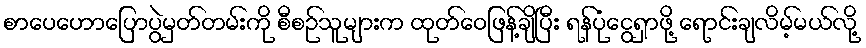
စာပေဟောပြောပွဲမှတ်တမ်းကို စီစဉ်သူများက ထုတ်ဝေဖြန့်ချိပြီး ရန်ပုံငွေရှာဖို့ ရောင်းချလိမ့်မယ်လို့